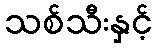
သစ်သီးနှင့်